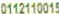
0112110015